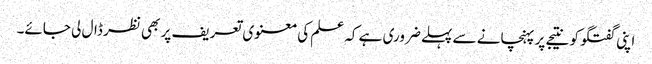
اپنی گفتگو کو نتیجے پر پہنچانے سے پہلے ضروری ہے کہ علم کی معنوی تعریف پر بھی نظر ڈال لی جائے۔